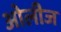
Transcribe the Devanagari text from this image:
ओलीज